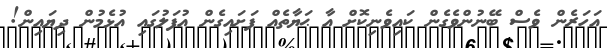
އަހަރެން ވެސް ބޭނުންވެގެން ކައިވެނިކޮށް އާ ޙަޔާތެއް ފަށައިގެން އުފަލުގައި އުޅެމުން ދިޔައިން!